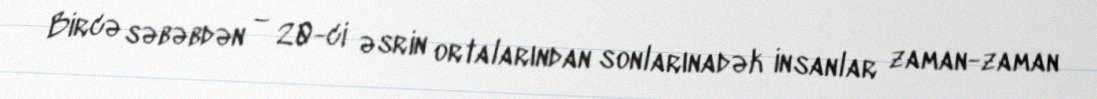
Bircə səbəbdən – 20-ci əsrin ortalarından sonlarınadək insanlar zaman-zaman